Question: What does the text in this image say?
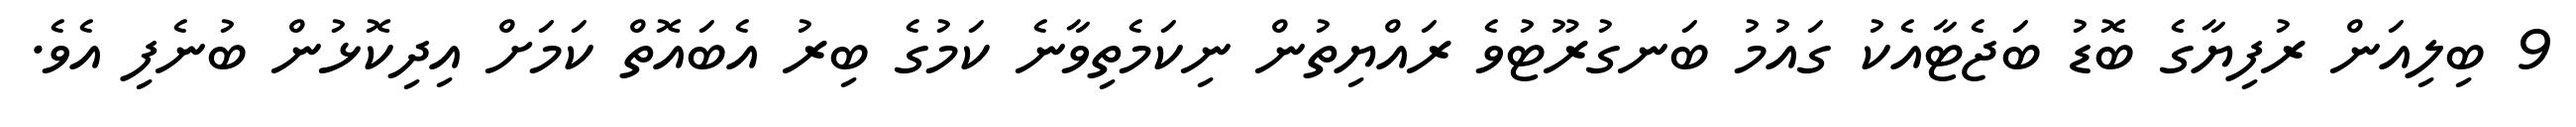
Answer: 9 ބިލިއަން ރުފިޔާގެ ބޮޑު ބަޖެޓާއެކު ގައުމު ބަނގުރޫޓުވެ ރައްޔިތުން ނިކަމެތިވާނެ ކަމުގެ ބިރު އެބައޮތް ކަމަށް އިދިކޮޅުން ބުނެފި އެވެ.